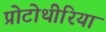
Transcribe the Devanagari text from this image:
प्रोटोथीरिया